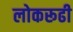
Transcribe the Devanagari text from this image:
लोकरूढी